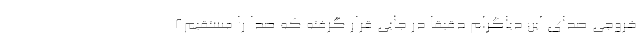
خروجی صدای این دیاگرام دقیقا در جایی قرار گرفته که صدا را مستقیم8